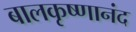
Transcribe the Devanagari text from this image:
बालकृष्णानंद